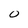
Character: 0